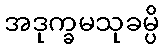
အဒုက္ခမသုခမ္ပိ